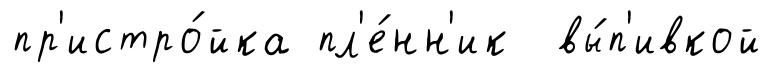
пр'истро́йка пл'е́нн'ик вы́п'ивкой